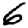
Digit: 6